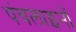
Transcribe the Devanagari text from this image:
पंचलाइनों